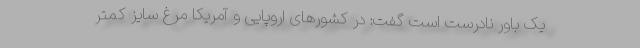
یک باور نادرست است گفت: در کشورهای اروپایی و آمریکا مرغ سایز کمتر